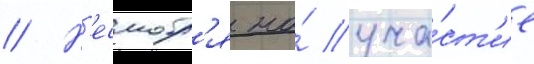
// Н'есмотр'я на́ уча́ст'ие